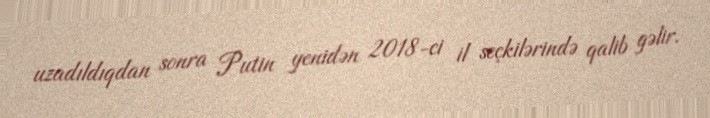
uzadıldıqdan sonra Putin yenidən 2018-ci il seçkilərində qalib gəlir.